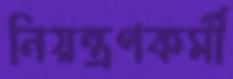
নিয়ন্ত্রণকর্মী